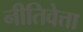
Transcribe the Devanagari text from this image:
नीतिवेत्ता